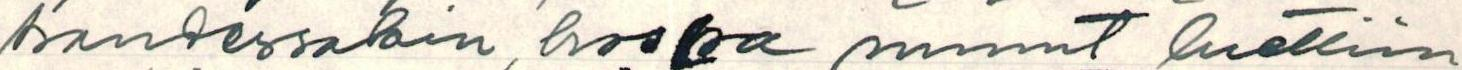
kaudessakin, koska minut luettiin